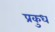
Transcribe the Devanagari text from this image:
प्रकुध